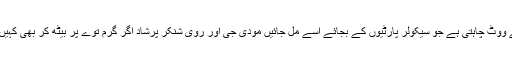
اور یہ مسئلہ شریعت کا ہے حکومت کا نہیں حکومت اس میں صرف ان آزاد خیال مسلمان عورتوں کے ووٹ چاہتی ہے جو سیکولر پارٹیوں کے بجائے اسے مل جائیں مودی جی اور روی شنکر پرشاد اگر گرم توے پر بیٹھ کر بھی کہیں کہ انہیں مسلمان عورتوں کی فکر ہے تب بھی یقین کرنے والے آخری درجہ کے بے وقوف ہوں گے۔